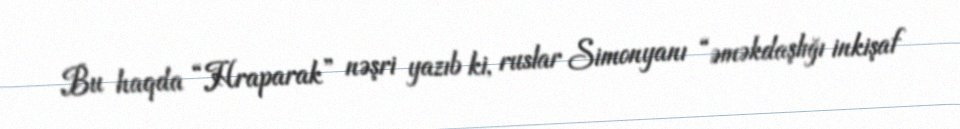
Bu haqda “Hraparak” nəşri yazıb ki, ruslar Simonyanı “əməkdaşlığı inkişaf